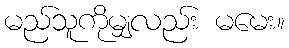
မည်သူကိုမျှလည်း မမေး။